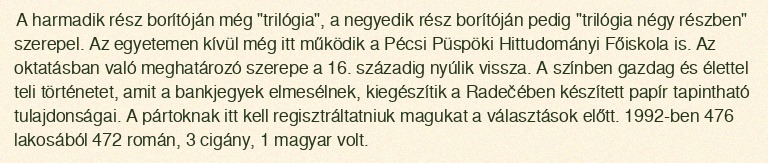
A harmadik rész borítóján még "trilógia", a negyedik rész borítóján pedig "trilógia négy részben" szerepel. Az egyetemen kívül még itt működik a Pécsi Püspöki Hittudományi Főiskola is. Az oktatásban való meghatározó szerepe a 16. századig nyúlik vissza. A színben gazdag és élettel teli történetet, amit a bankjegyek elmesélnek, kiegészítik a Radečében készített papír tapintható tulajdonságai. A pártoknak itt kell regisztráltatniuk magukat a választások előtt. 1992-ben 476 lakosából 472 román, 3 cigány, 1 magyar volt.